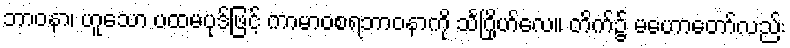
ဘာဝနာ၊ ဟူသော ပထမပုဒ်ဖြင့် ကာမာဝစရဘာဝနာကို သင်္ဂြိုဟ်လေ။ တိက်၌ မဟောတော်လည်း